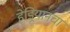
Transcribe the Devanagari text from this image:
हेड्रियानचा